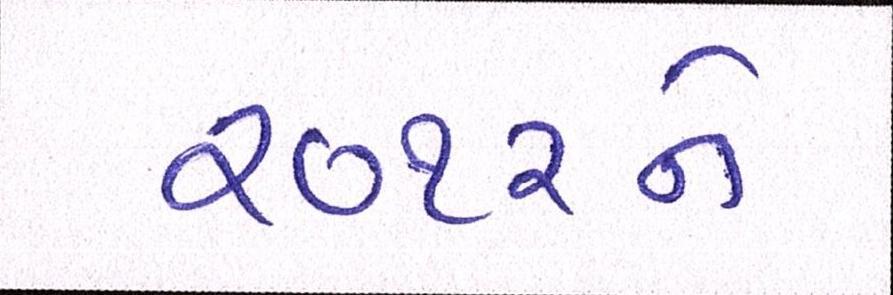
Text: ૨૦૧૨ને